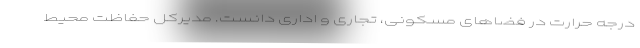
درجه حرارت در فضاهای مسکونی، تجاری و اداری دانست. مدیرکل حفاظت محیط